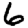
Digit: 6